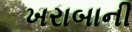
ખરાબાની